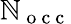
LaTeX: \mathbb{N}_{\mathrm{{~o~c~c~}}}